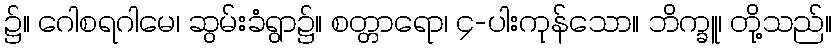
၌။ ဂေါစရဂါမေ၊ ဆွမ်းခံရွာ၌။ စတ္တာရော၊ ၄-ပါးကုန်သော။ ဘိက္ခူ၊ တို့သည်။